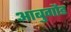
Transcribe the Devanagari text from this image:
आबुगौड